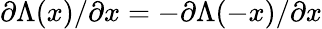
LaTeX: \partial\Lambda(x)/\partial x=-\partial\Lambda(-x)/\partial x